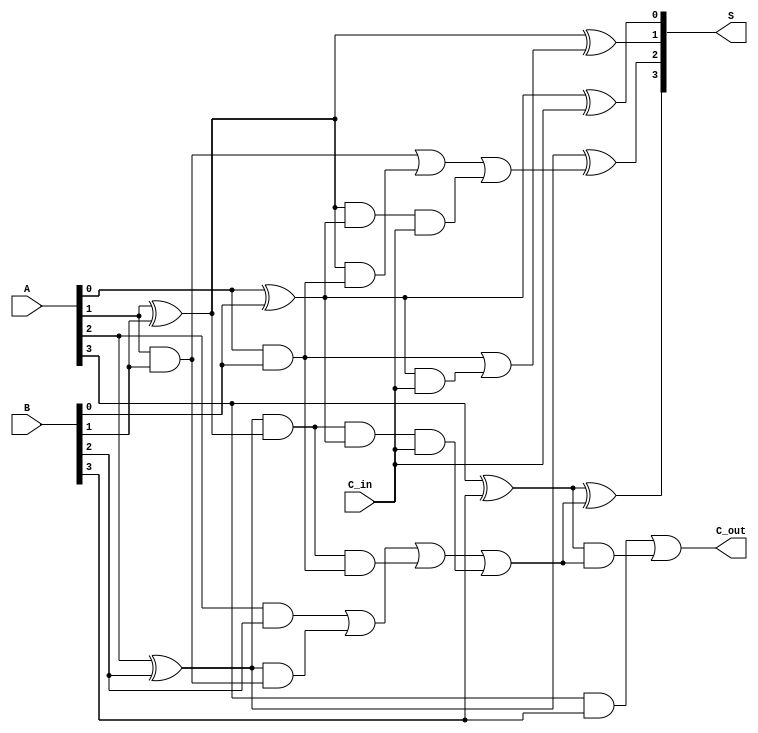
module Brent_Kung_Adder (
    input [3:0] A,
    input [3:0] B,
    input C_in,
    output [3:0] S,
    output C_out
);
    wire [3:0] G; // Generate signals
    wire [3:0] P; // Propagate signals
    wire [3:0] C; // Carry signals

    // Generate and Propagate signals
    assign G[0] = A[0] & B[0];
    assign P[0] = A[0] ^ B[0];

    assign G[1] = A[1] & B[1];
    assign P[1] = A[1] ^ B[1];

    assign G[2] = A[2] & B[2];
    assign P[2] = A[2] ^ B[2];

    assign G[3] = A[3] & B[3];
    assign P[3] = A[3] ^ B[3];

    // Carry signals using Brent-Kung carry tree
    wire [3:0] C_temp;

    // Level 1 carry computation
    assign C_temp[0] = C_in; // C0 = C_in
    assign C_temp[1] = G[0] | (P[0] & C_temp[0]);
    assign C_temp[2] = G[1] | (P[1] & G[0]) | (P[1] & P[0] & C_temp[0]);
    assign C_temp[3] = G[2] | (P[2] & G[1]) | (P[2] & P[1] & G[0]) | (P[2] & P[1] & P[0] & C_temp[0]);

    // Final carry-out
    assign C_out = G[3] | (P[3] & C_temp[3]);

    // Sum calculation
    assign S[0] = P[0] ^ C_temp[0];
    assign S[1] = P[1] ^ C_temp[1];
    assign S[2] = P[2] ^ C_temp[2];
    assign S[3] = P[3] ^ C_temp[3];

endmodule